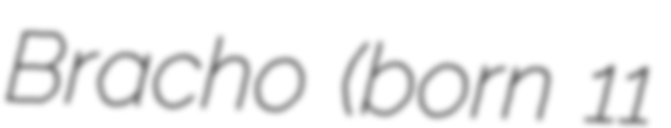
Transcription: Bracho (born 11